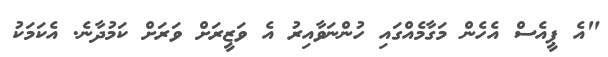
"އެ ޕީއެސް އެހެން މަގާމެއްގައި ހުންނަވާއިރު އެ ވަޒީރަށް ވަރަށް ކަމުދާނެ. އެކަމަކު